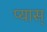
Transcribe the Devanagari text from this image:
प्यास्